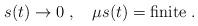
LaTeX: \begin{align*}s(t)\to 0\; ,\quad \mu s(t)=\mbox{finite}\; .\end{align*}